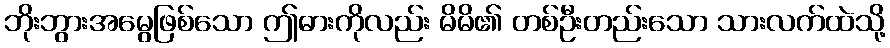
ဘိုးဘွားအမွေဖြစ်သော ဤဓားကိုလည်း မိမိ၏ တစ်ဦးတည်းသော သားလက်ထဲသို့